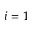
i = 1